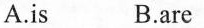
A.is B.are